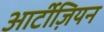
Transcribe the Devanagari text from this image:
आर्टीज़ियन